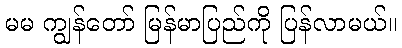
မမ ကျွန်တော် မြန်မာပြည်ကို ပြန်လာမယ်။